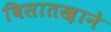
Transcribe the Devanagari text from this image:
बिसातख़ाने